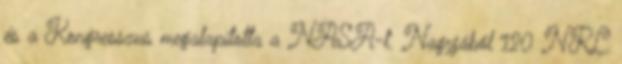
és a Kongresszus megalapította a NASA-t. Nagyjából 120 NRL